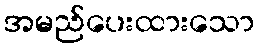
အမည်ပေးထားသော